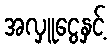
အလှူငွေနှင့်